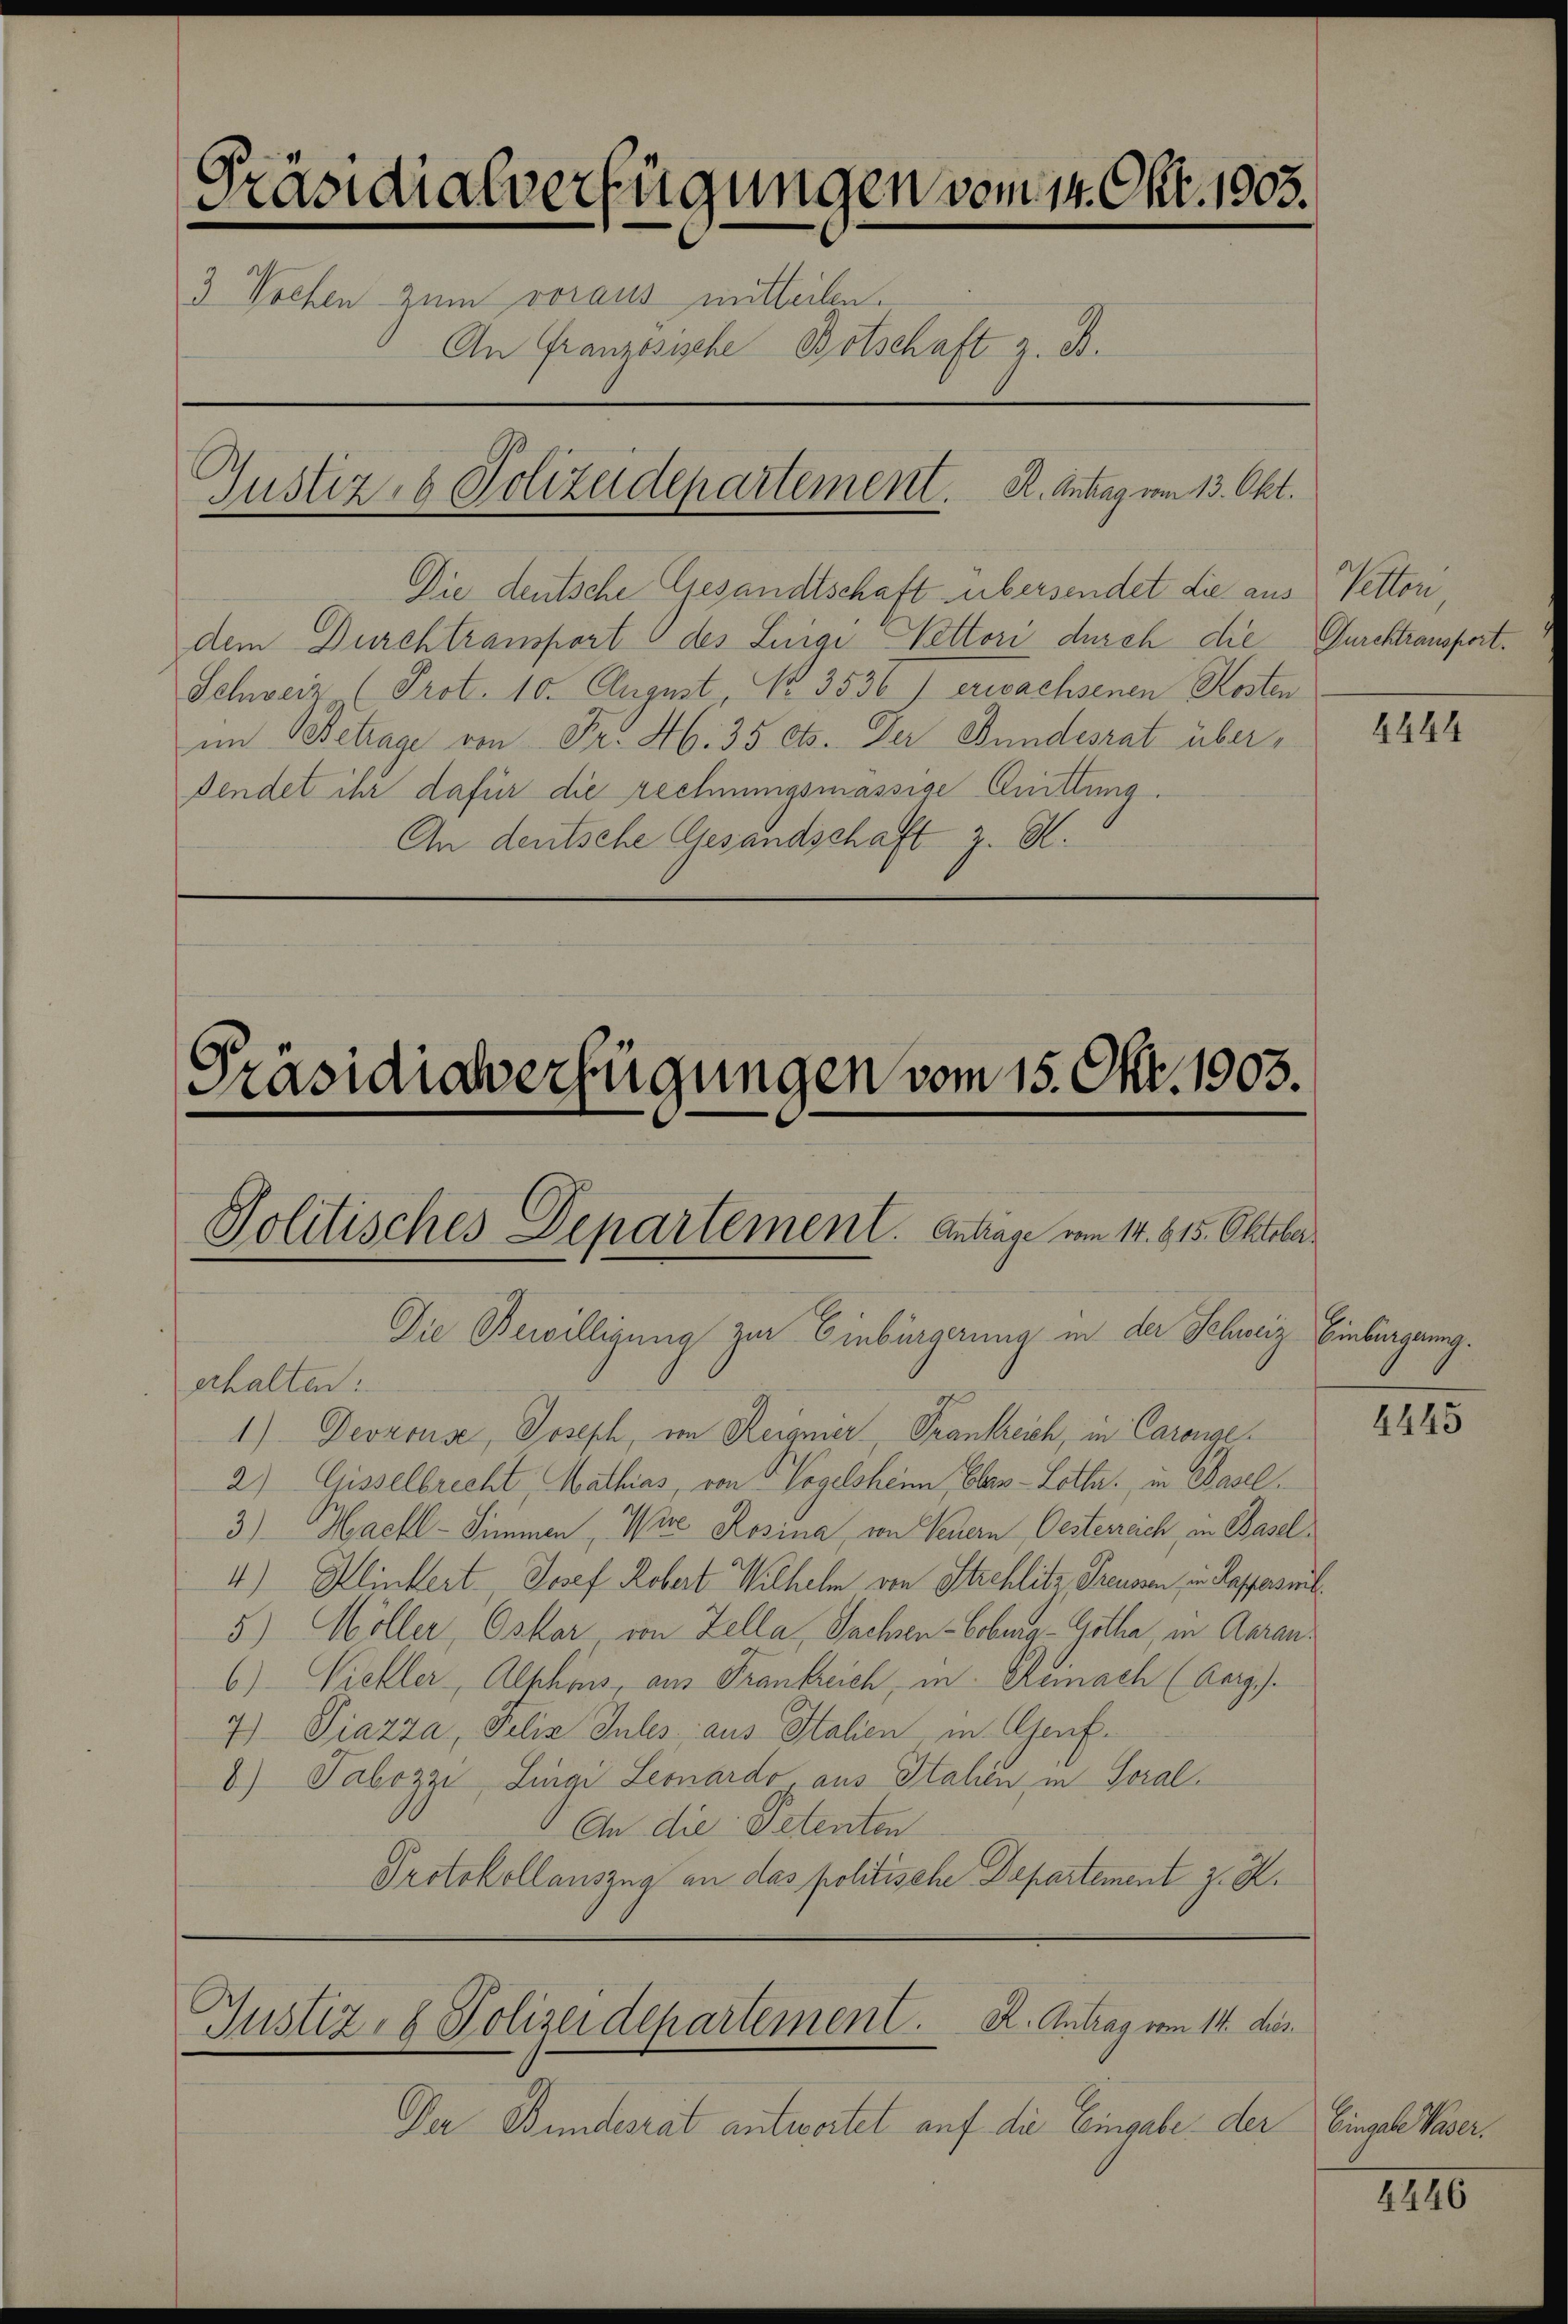
Präsidialverfügungen vom 14. Okt. 1903.
3 Vrefen zum voraus mitteilen.
An Französische Botschaft z. B.
Gustiz- & Polizeidepartement. R. Antrag vom 13. Okt.

Die deutsche Gesandtschaft übersendet die aus Pettori
dem Durchtransport des Leige Nettori durch die Durchtransport¬
Schweiz (Prot. 10. August, Nr. 3536) erwachsenen Kosten
im Betrage von Fr. 46. 35 Cts. Der Bundesrat überdendet ihr dafür die rechnungsmässige Quittung.
An deutsche Gesandschaft z. B.

Präsidialverfügungen vom 15. Okt. 1903.

Politisches Departement. Anträge vom 14. 615. Oktober
Die Bewilligung zur Einbürgerung in der Schweiz Einbürgerung.

Der Bundesrat antwortet auf die Eingabe der Eingel Vaser¬

Justiz- & Polizeidepartement. K. Antrag vom 14. dies

erhalten:
1) Devzouse, Joseph, von Reignier, Frankreich, in Caronge¬
2) Gisselbrecht, Mathias, von Vogelsheim, Ober-Lotta. in Basel.
3) Haehl-Simmen Were Rosina, von Feuern Oesterreich, in Basel¬
4.) Klinkert. Josef Robert Wilhelm von Strehlitz Treueren, in Kasparseit
5) Möller, Oskar von Zella, Sachsen-Coburg-Göthe, in Aaraus
6) Vieller, Alphons, aus Frankreich, in Reinach (Aarg
7) Piazza, Pilia Inles aus Italien in Genf.
b) Tabozzi Lingi Leonardo aus Stahen in Soral¬
An die Petenten
Protokollauszug an das politische Departement z. Z.

4444

4445

4446